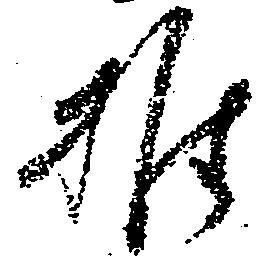
推